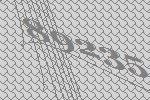
89235